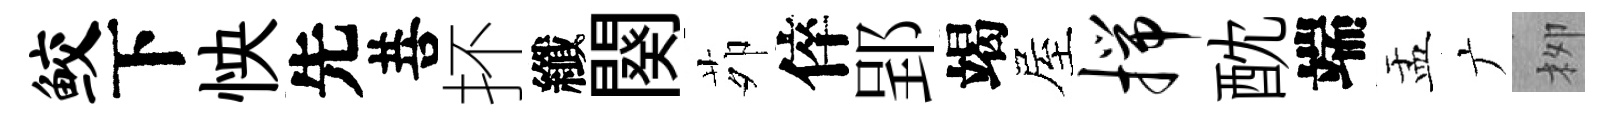
鲛下怏先菩抔纖闋茆倅郢竭屋揣酖端盂广栁